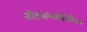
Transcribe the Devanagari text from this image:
वॉटसनव्यतिरिक्त